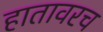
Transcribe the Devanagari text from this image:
हातावरच